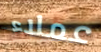
عملاء